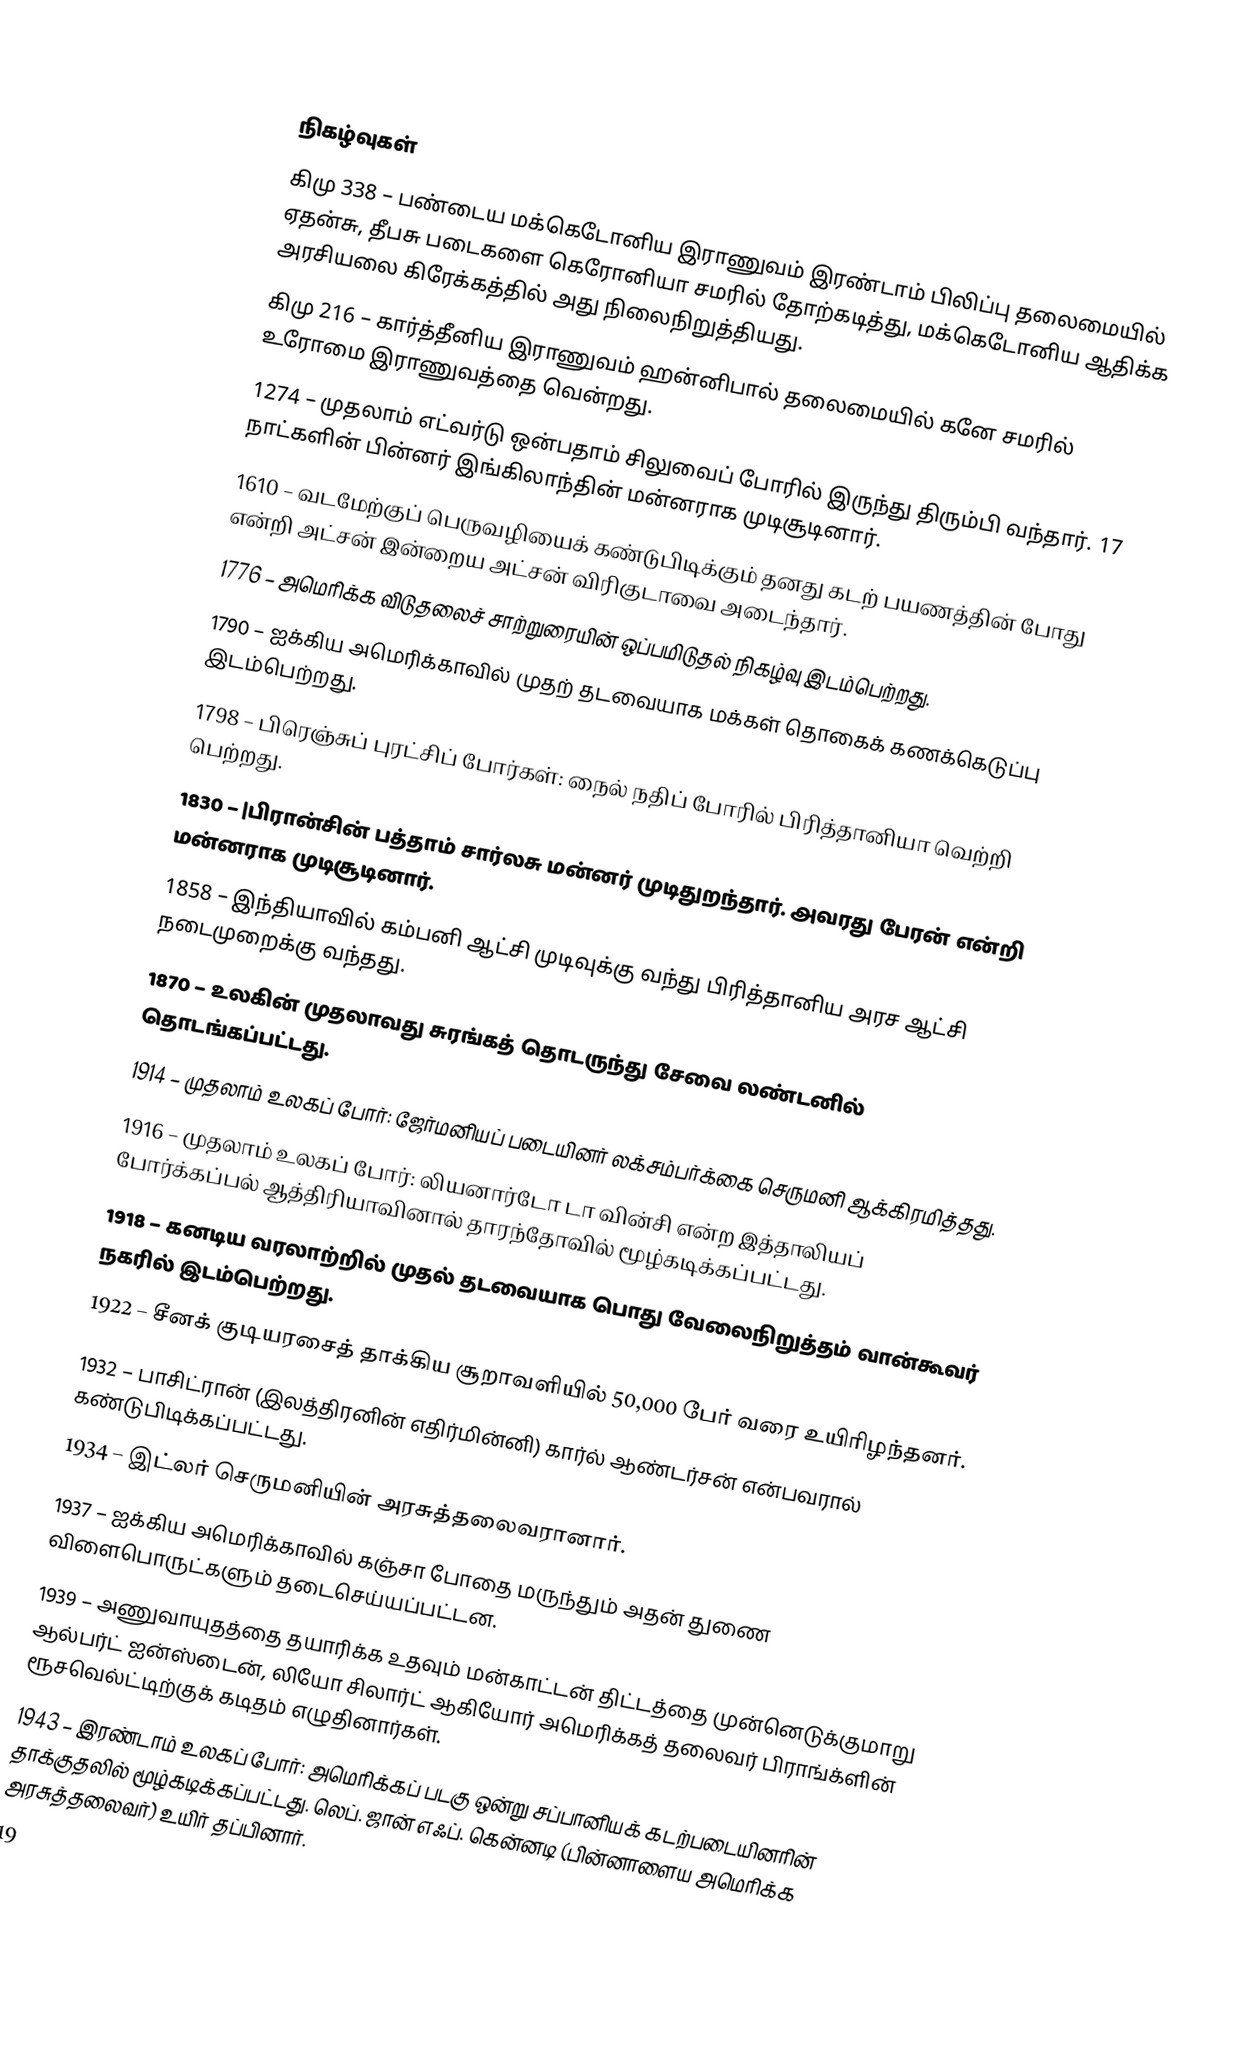

நிகழ்வுகள்
கிமு 338 – பண்டைய மக்கெடோனிய இராணுவம் இரண்டாம் பிலிப்பு தலைமையில் ஏதன்சு, தீபசு படைகளை கெரோனியா சமரில் தோற்கடித்து, மக்கெடோனிய ஆதிக்க அரசியலை கிரேக்கத்தில் அது நிலைநிறுத்தியது.
கிமு 216 – கார்த்தீனிய இராணுவம் ஹன்னிபால் தலைமையில் கனே சமரில் உரோமை இராணுவத்தை வென்றது.
1274 – முதலாம் எட்வர்டு ஒன்பதாம் சிலுவைப் போரில் இருந்து திரும்பி வந்தார். 17 நாட்களின் பின்னர் இங்கிலாந்தின் மன்னராக முடிசூடினார்.
1610 – வடமேற்குப் பெருவழியைக் கண்டுபிடிக்கும் தனது கடற் பயணத்தின் போது என்றி அட்சன் இன்றைய அட்சன் விரிகுடாவை அடைந்தார்.
1776 – அமெரிக்க விடுதலைச் சாற்றுரையின் ஒப்பமிடுதல் நிகழ்வு இடம்பெற்றது.
1790 – ஐக்கிய அமெரிக்காவில் முதற் தடவையாக மக்கள் தொகைக் கணக்கெடுப்பு இடம்பெற்றது.
1798 – பிரெஞ்சுப் புரட்சிப் போர்கள்: நைல் நதிப் போரில் பிரித்தானியா வெற்றி பெற்றது.
1830 – |பிரான்சின் பத்தாம் சார்லசு மன்னர் முடிதுறந்தார். அவரது பேரன் என்றி மன்னராக முடிசூடினார்.
1858 – இந்தியாவில் கம்பனி ஆட்சி முடிவுக்கு வந்து பிரித்தானிய அரச ஆட்சி நடைமுறைக்கு வந்தது.
1870 – உலகின் முதலாவது சுரங்கத் தொடருந்து சேவை லண்டனில் தொடங்கப்பட்டது.
1914 – முதலாம் உலகப் போர்: ஜேர்மனியப் படையினர் லக்சம்பர்க்கை செருமனி ஆக்கிரமித்தது.
1916 – முதலாம் உலகப் போர்: லியனார்டோ டா வின்சி என்ற இத்தாலியப் போர்க்கப்பல் ஆத்திரியாவினால் தாரந்தோவில் மூழ்கடிக்கப்பட்டது.
1918 – கனடிய வரலாற்றில் முதல் தடவையாக பொது வேலைநிறுத்தம் வான்கூவர் நகரில் இடம்பெற்றது.
1922 – சீனக் குடியரசைத் தாக்கிய சூறாவளியில் 50,000 பேர் வரை உயிரிழந்தனர்.
1932 – பாசிட்ரான் (இலத்திரனின் எதிர்மின்னி) கார்ல் ஆண்டர்சன் என்பவரால் கண்டுபிடிக்கப்பட்டது.
1934 – இட்லர் செருமனியின் அரசுத்தலைவரானார்.
1937 – ஐக்கிய அமெரிக்காவில் கஞ்சா போதை மருந்தும் அதன் துணை விளைபொருட்களும் தடைசெய்யப்பட்டன.
1939 – அணுவாயுதத்தை தயாரிக்க உதவும் மன்காட்டன் திட்டத்தை முன்னெடுக்குமாறு ஆல்பர்ட் ஐன்ஸ்டைன், லியோ சிலார்ட் ஆகியோர் அமெரிக்கத் தலைவர் பிராங்க்ளின் ரூசவெல்ட்டிற்குக் கடிதம் எழுதினார்கள்.
1943 – இரண்டாம் உலகப் போர்: அமெரிக்கப் படகு ஒன்று சப்பானியக் கடற்படையினரின் தாக்குதலில் மூழ்கடிக்கப்பட்டது. லெப். ஜான் எஃப். கென்னடி (பின்னாளைய அமெரிக்க அரசுத்தலைவர்) உயிர் தப்பினார்.
19